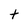
Character: t